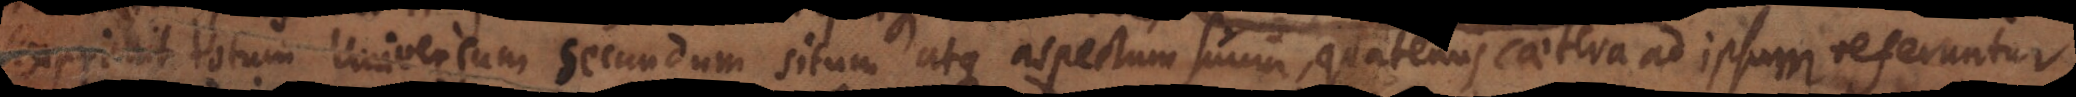
it totum Universum secundum situm atque aspectum suum, quatenus ad ipsum refertur